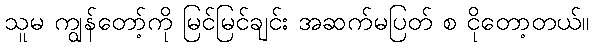
သူမ ကျွန်တော့်ကို မြင်မြင်ချင်း အဆက်မပြတ် စ ငိုတော့တယ်။